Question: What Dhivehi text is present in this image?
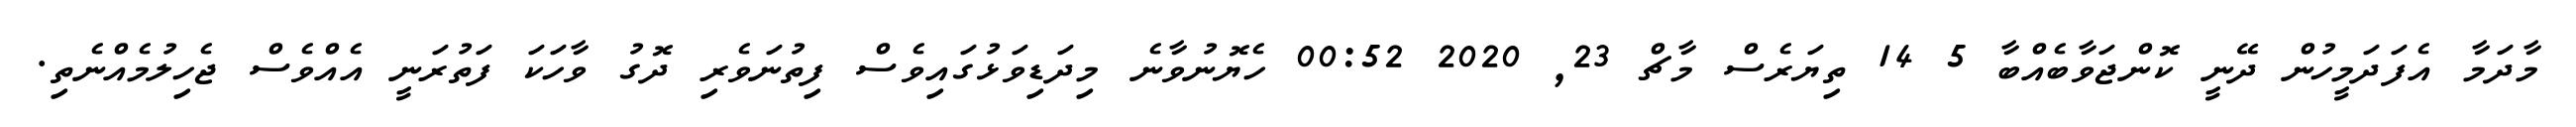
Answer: މާދަމާ އެފަދަމީހުން ދޭނީ ކޮންޖަވާބެއްބާ 5 14 ތިޔަރެސް މާޗް 23, 2020 00:52 ހެޔޮނުވާނެ މިދަޑިވަޅުގައިވެސް ފިތުނަވެރި ދޮގު ވާހަކަ ފަތުރަނީ އެއްވެސް ޖެހިލުމެއްނެތި.